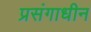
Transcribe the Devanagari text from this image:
प्रसंगाधीन